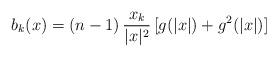
LaTeX: \begin{align*} b_k(x) =(n-1)\,\frac{x_k}{|x|^2} \,[g(|x|)+g^2(|x|)] \end{align*}